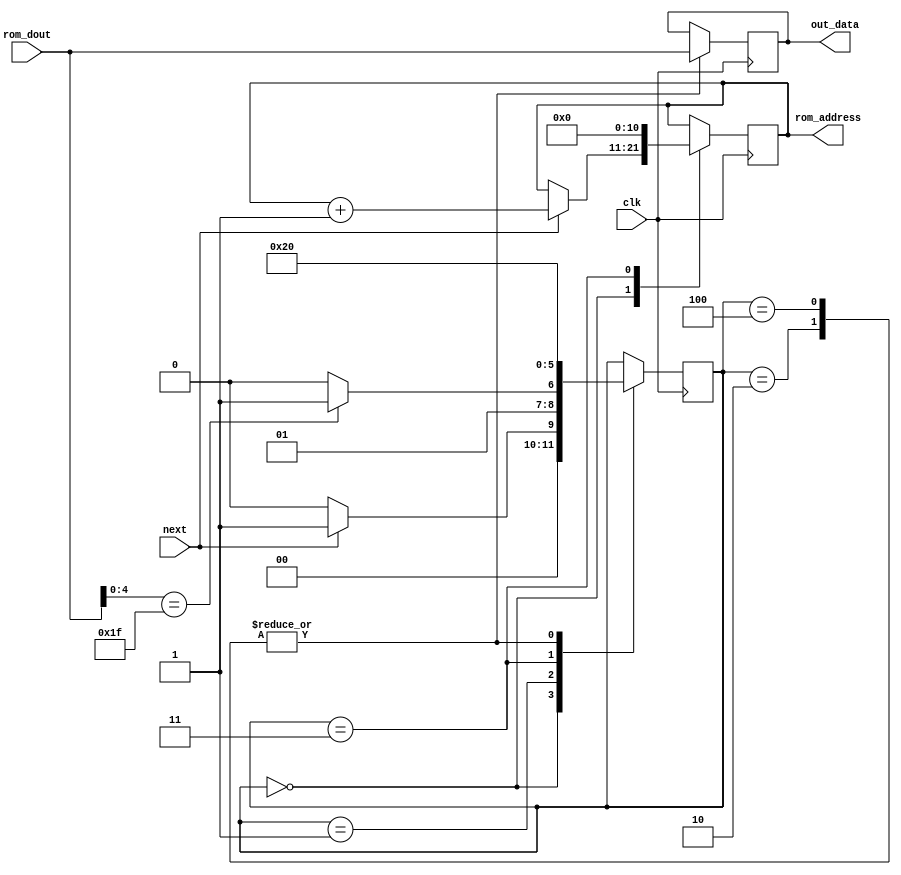
`timescale 1ns / 1ps
//////////////////////////////////////////////////////////////////////////////////
// Company: 
// Engineer: 
// 
// Design Name: 
// Module Name:    rom_playback 
// Project Name: 
// Target Devices: 
// Tool versions: 
// Description: 
//
// Dependencies: 
//
// Revision: 
// Revision 0.01 - File Created
// Additional Comments: 
//
//////////////////////////////////////////////////////////////////////////////////
module rom_playback #(parameter LOG_ROM_SIZE=11)
	(
		input clk,
		input next,
		input [31:0] rom_dout,
		output reg [(LOG_ROM_SIZE-1):0] rom_address = 0,
		output reg [31:0] out_data = 0
	);

	//ILDA_rom test_pattern_rom(.ADDRA(), .CLKA(), .DOUTA());
	//end of frame is indicated by last 4 (reserve) bits all being high
	reg [2:0] FSM_state = 0;

	always@(posedge clk)
	begin
	
		case(FSM_state)
		
		0: begin //idle state
			FSM_state <= next ? 1 : 0;
			rom_address <= next ? rom_address+1 : rom_address;
		end
		
		1: begin //data out from rom on next clock cycle 
			FSM_state <= (rom_dout[4:0] == 5'b11111) ? 3 : 2;
			//check for end of frame
		end
		
		2: begin //not end of frame
			FSM_state <= 0; //return to start
			out_data <= rom_dout; 
		end
		
		3: begin //end of frame reached
			FSM_state <= 4;
			rom_address <= 0; 
		end
		
		4: begin //read rom with new address
			FSM_state <= 0; //return 
			out_data <= rom_dout;
		end
		endcase
	end
endmodule